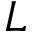
L